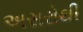
અસરોથી